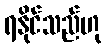
ရနိုင်သည်ဟု